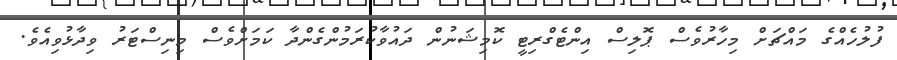
ފުލުހެއްގެ މައްޗަށް މިހާރުވެސް ޕޮލިސް އިންޓެގްރިޓީ ކޮމިޝަނުން ދައުވާކުރަމުންގެންދާ ކަމަށްވެސް މިނިސްޓަރު ވިދާޅުވިއެވެ.